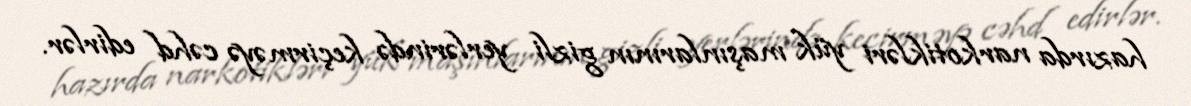
hazırda narkotikləri yük maşınlarının gizli yerlərində keçirməyə cəhd edirlər.